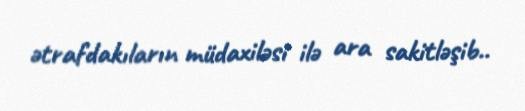
ətrafdakıların müdaxiləsi ilə ara sakitləşib..